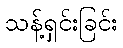
သန့်ရှင်းခြင်း